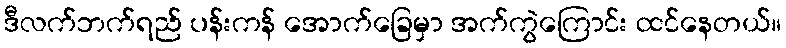
ဒီလက်ဘက်ရည် ပန်းကန် အောက်ခြေမှာ အက်ကွဲကြောင်း ထင်နေတယ်။